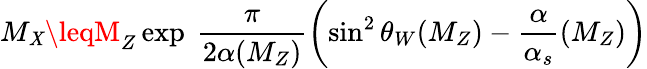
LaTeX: M_{\mathit{X}}\leqM_{Z}\exp{\ \frac{\pi}{{2\alpha{(M_{Z})}}}\left(\sin^{2}\theta_{W}(M_{Z})-\frac{\alpha}{{\alpha_{s}}}{(M_{Z})}\right)}